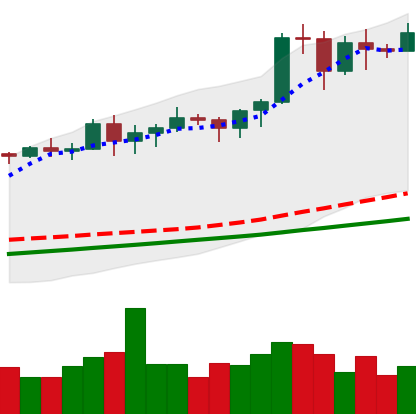
Ticker: BTC-USD
Chart end date: 2020-11-11
Forward return: 6.463%
Label: up_5_7